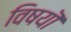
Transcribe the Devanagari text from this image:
विषयॊ